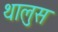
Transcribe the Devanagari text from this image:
थालुस